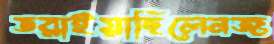
ডরাইয়াছিলেনজ